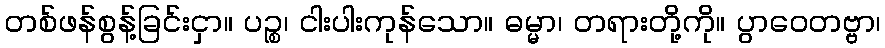
တစ်ဖန်စွန့်ခြင်းငှာ။ ပဉ္စ၊ ငါးပါးကုန်သော။ ဓမ္မာ၊ တရားတို့ကို။ ပွာဝေတဗ္ဗာ၊